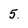
Character: 5